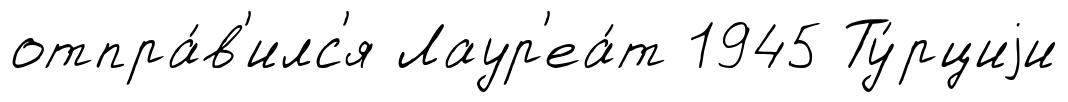
отпра́в'илс'я Лаур'еа́т 1945 Ту́рциjи